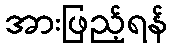
အားဖြည့်ရန်